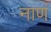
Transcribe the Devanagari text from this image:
नाणं